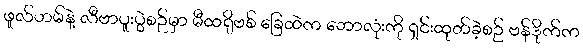
ဖူလ်ဟမ်နဲ့ လီဗာပူးပွဲစဉ်မှာ မီထရိုဗစ် ခြေထဲက ဘောလုံးကို ရှင်းထုတ်ခဲ့စဉ် ဗန်ဒိုက်က